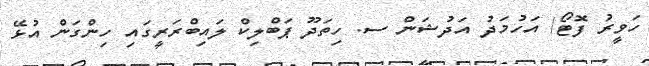
ހަވީރު ފޮޓޯ/ އަހުމަދު އަދުޝަން ސ. ހިތަދޫ ޕަބްލިކް ލައިބްރަރީގައި ހިންގަން އުޅޭ